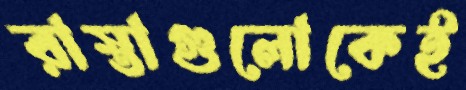
রাস্তাগুলোকেই